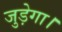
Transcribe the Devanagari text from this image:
जुड़ेगा।